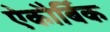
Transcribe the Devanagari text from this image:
ऐकौर्बिक